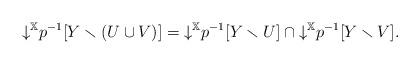
LaTeX: \begin{align*}{\downarrow}^{\mathbb{X}} p^{-1}[Y \smallsetminus (U \cup V)] = {\downarrow}^{\mathbb{X}} p^{-1}[Y \smallsetminus U] \cap {\downarrow}^{\mathbb{X}} p^{-1}[Y \smallsetminus V].\end{align*}